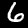
Digit: 6